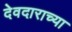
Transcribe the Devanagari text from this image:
देवदाराच्या